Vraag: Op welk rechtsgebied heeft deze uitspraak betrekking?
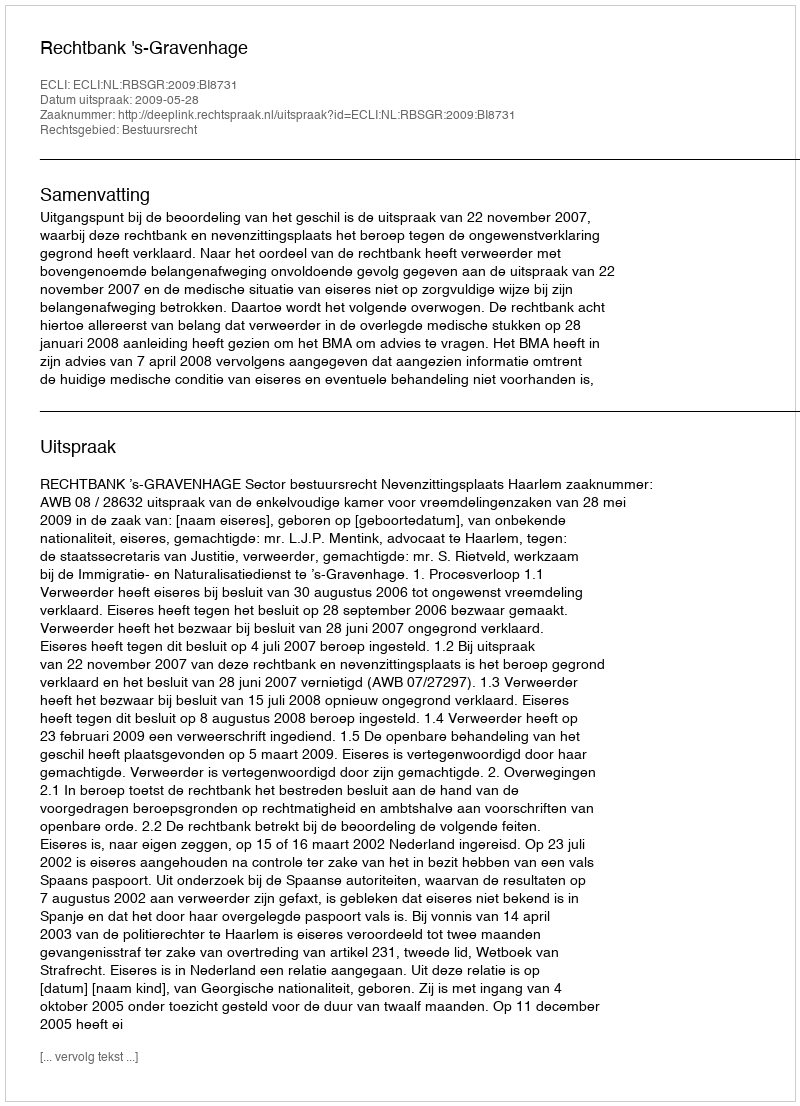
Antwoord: Bestuursrecht